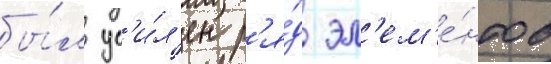
бы́л ус'и́л'ен р'я́д эл'ем'е́нтов